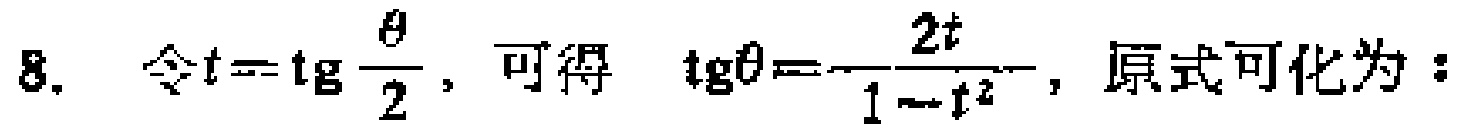
8. 令\(t = \mathrm{tg}\frac{\theta}{2}\)，可得 \(\mathrm{tg}\theta=\frac{2t}{1 - t^{2}}\)，原式可化为：